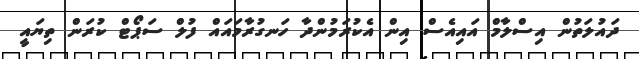
ދައުލަތުން އިސްލާމް އައިއެސް އިން އެކުރަމުންދާ ހަނގުރާމައައް ފުލް ސަޕޯޓް ކުރަން ތިޔައީ